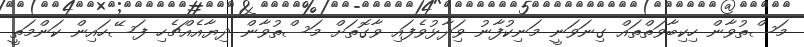
މަސްތުވާން ހިކިބާވަތްތައް ގިނަވަނީ މަނިކުފާނު ވަިދާޅުވެފައި ވާގޮތަށް މަސްތުވާން ދިޔާއެއްޗެހި ފަސޭހައިން ކަންމަތީ